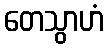
တေသွာဟံ